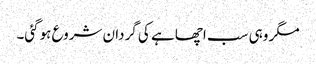
مگر وہی سب اچھا ہے کی گردان شروع ہوگئی۔